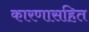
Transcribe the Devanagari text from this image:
कारणासहित